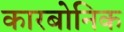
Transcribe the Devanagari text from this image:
कारबोनिक